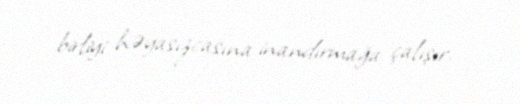
birliyi həyasızcasına inandırmağa çalışır.